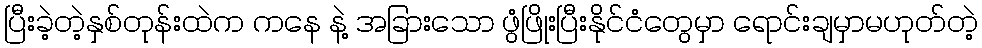
ပြီးခဲ့တဲ့နှစ်တုန်းထဲက ကနေ နဲ့ အခြားသော ဖွံဖြိုးပြီးနိုင်ငံတွေမှာ ရောင်းချမှာမဟုတ်တဲ့